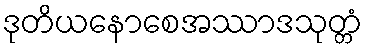
ဒုတိယနောစေအဿာဒသုတ္တံ